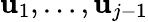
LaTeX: \mathbf{u}_{1},\dotsc,\mathbf{u}_{j-1}